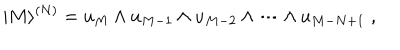
| M \rangle ^ { ( N ) } = u _ { M } \wedge u _ { M - 1 } \wedge u _ { M - 2 } \wedge \dots \wedge u _ { M - N + 1 } \; ,